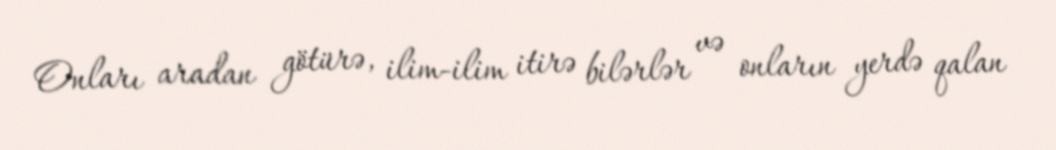
Onları aradan götürə, ilim-ilim itirə bilərlər və onların yerdə qalan